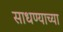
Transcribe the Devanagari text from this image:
साधण्याच्या